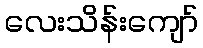
လေးသိန်းကျော်